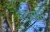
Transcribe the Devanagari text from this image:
वेदांतात